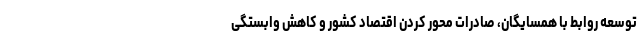
توسعه روابط با همسایگان، صادرات محور کردن اقتصاد کشور و کاهش وابستگی